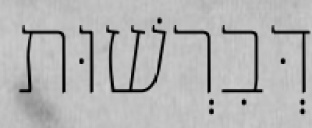
דְּבִרְשׁוּת